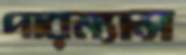
পারম্যান্স